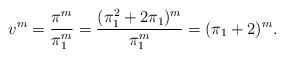
LaTeX: \begin{align*}v^m=\frac{\pi^m}{\pi_1^m}=\frac{(\pi_1^2+2\pi_1)^m}{\pi_1^m}=(\pi_1+2)^m.\end{align*}